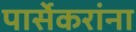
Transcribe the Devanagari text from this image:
पार्सेकरांना